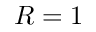
R = 1